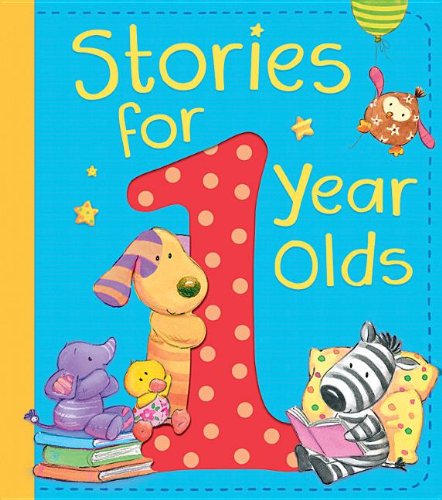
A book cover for Stories for 1 Year Olds; Children's Books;